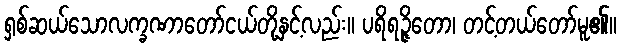
ရှစ်ဆယ်သောလက္ခဏာတော်ငယ်တို့နှင့်လည်း။ ပရိရဉ္ဇိတော၊ တင့်တယ်တော်မူ၏။